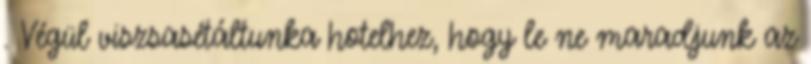
. Végül viszsasétáltunka hotelhez, hogy le ne maradjunk az